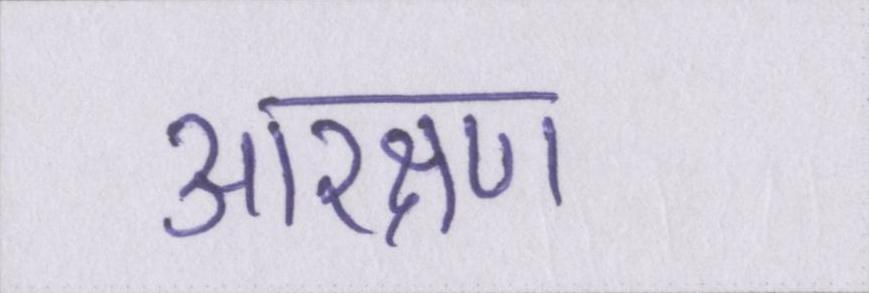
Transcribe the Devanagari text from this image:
आरक्षण